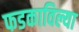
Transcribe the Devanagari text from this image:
फडकाविल्या